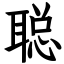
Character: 聪